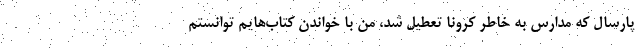
پارسال که مدارس به خاطر کرونا تعطیل شد، من با خواندن کتاب‌هایم توانستم